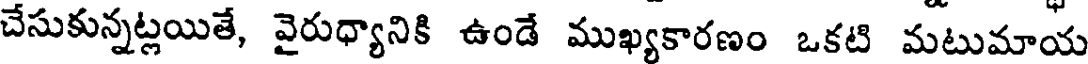
చేసుకున్నట్లయితే, వైరుధ్యానికి ఉండే ముఖ్యకారణం ఒకటి మటుమాయ